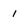
Character: 1